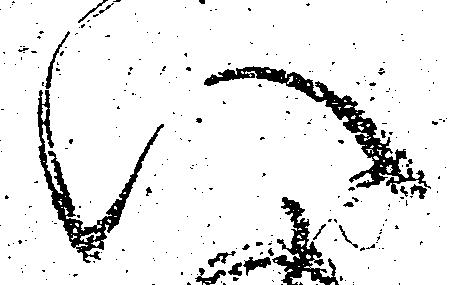
い